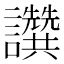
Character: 𧮖